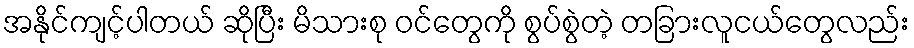
အနိုင်ကျင့်ပါတယ် ဆိုပြီး မိသားစု ဝင်တွေကို စွပ်စွဲတဲ့ တခြားလူငယ်တွေလည်း